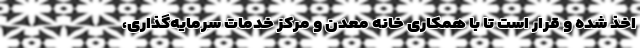
اخذ شده‌ و قرار است تا با همکاری خانه معدن و مرکز خدمات سرمایه‌گذاری،